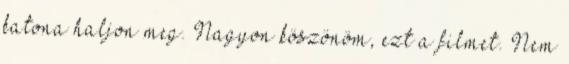
katona haljon meg. Nagyon köszönöm, ezt a filmet. Nem